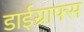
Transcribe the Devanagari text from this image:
डाईग्राफ्स